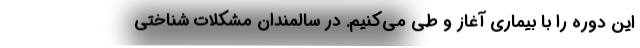
این دوره را با بیماری آغاز و طی می‌کنیم. در سالمندان مشکلات شناختی